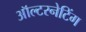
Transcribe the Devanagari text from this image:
ऑल्टरनेटिंग